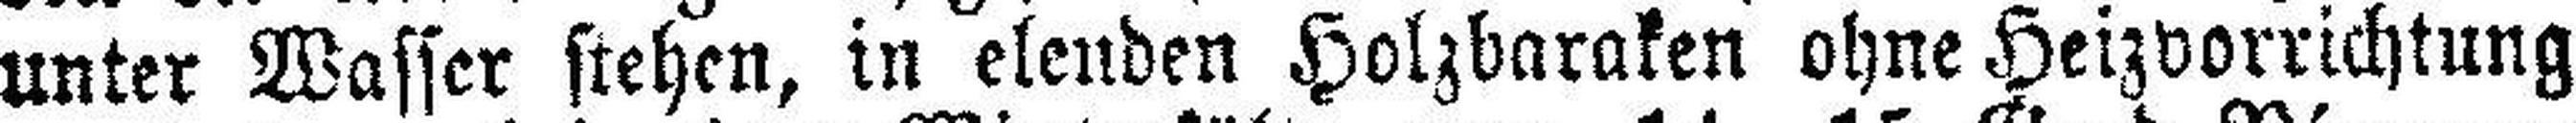
unter Wasser stehen, in elenden Holzbaraken ohne Heizvorrichtung